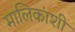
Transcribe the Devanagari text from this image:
मालिकांशी